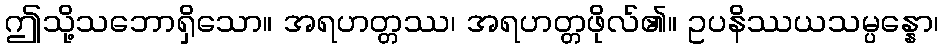
ဤသို့သဘောရှိသော။ အရဟတ္တဿ၊ အရဟတ္တဖိုလ်၏။ ဥပနိဿယသမ္ပန္နော၊